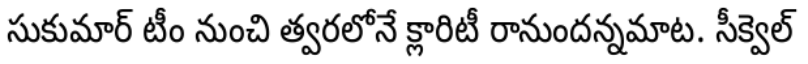
సుకుమార్ టీం నుంచి త్వరలోనే క్లారిటీ రానుందన్నమాట. సీక్వెల్